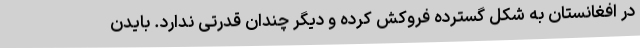
در افغانستان به شکل گسترده فروکش کرده و دیگر چندان قدرتی ندارد. بایدن